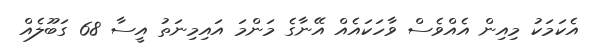
އެކަމަކު މިއިން އެއްވެސް ވާހަކައެއް އޭނާގެ މަންމަ އައިމިނަތު އީސާ 68 ގަބޫލެއް